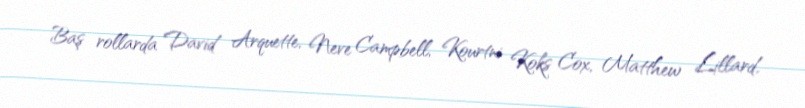
Baş rollarda David Arquette, Neve Campbell, Kourtni Koks Cox, Matthew Lillard,